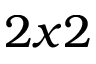
2 x 2